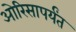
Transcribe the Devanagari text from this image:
ओरिसापर्यंत